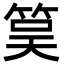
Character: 筽